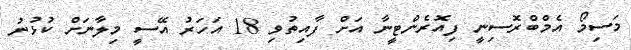
މަސިމޯ އެމްބްރޮސިނީ ފިއޮރެންޓީނާ އަށް ފާއިތުވި 18 އަހަރު އޭސީ މިލާނަށް ކުޅުނު